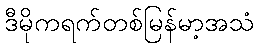
ဒီမိုကရက်တစ်မြန်မာ့အသံ